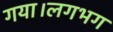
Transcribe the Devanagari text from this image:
गया।लगभग